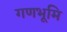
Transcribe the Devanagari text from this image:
गणभूमि